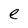
Character: e